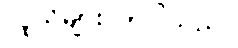
လူသိများလာပါသည်။